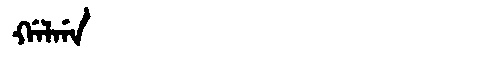
Manchu: ᡤᠠᠯᡤᠠ
Romanization: GALGA